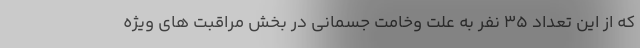
که از این تعداد ۳۵ نفر به علت وخامت جسمانی در بخش مراقبت های ویژه